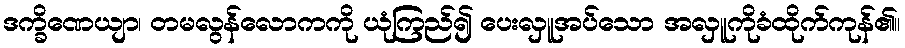
ဒက္ခိဏေယျာ၊ တမလွန်လောကကို ယုံကြည်၍ ပေးလှူအပ်သော အလှူကိုခံထိုက်ကုန်၏။